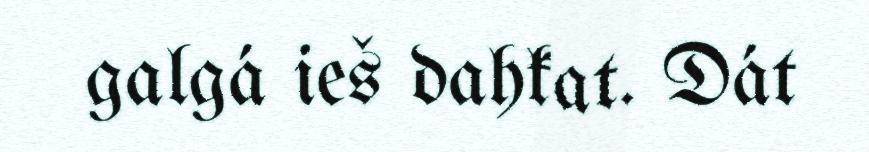
galgá ieš dahkat. Dát